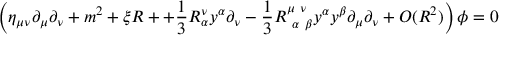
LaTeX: \left( \eta _ { \mu \nu } \partial _ { \mu } \partial _ { \nu } + m ^ { 2 } + \xi R + + { \frac { 1 } { 3 } } R _ { \alpha } ^ { \nu } y ^ { \alpha } \partial _ { \nu } - { \frac { 1 } { 3 } } R _ { \ \alpha \ \beta } ^ { \mu \ \nu } y ^ { \alpha } y ^ { \beta } \partial _ { \mu } \partial _ { \nu } + O ( R ^ { 2 } ) \right) \phi = 0